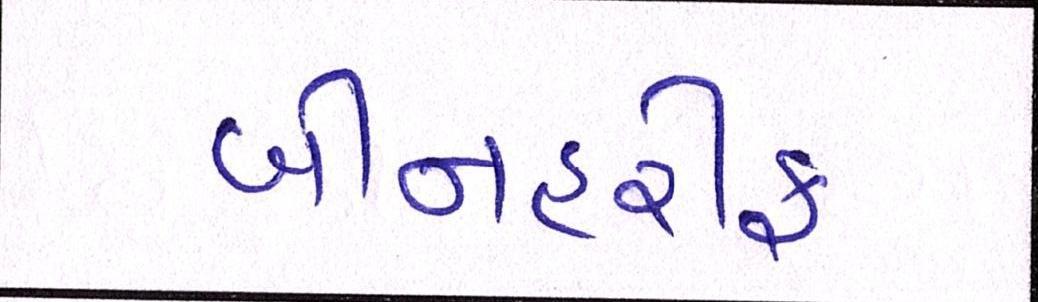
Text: બીનહરીફ